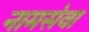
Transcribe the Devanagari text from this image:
नामसेवा